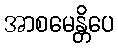
အာစမေန္တိပေ